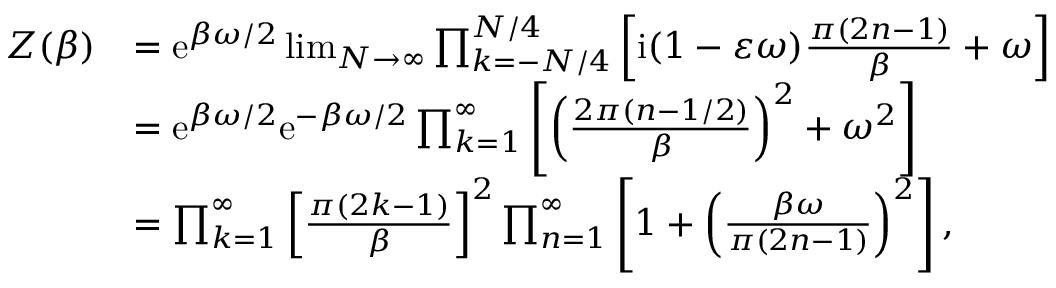
\begin{array} { r l } { Z ( \beta ) } & { = \mathrm { e } ^ { \beta \omega / 2 } \operatorname* { l i m } _ { N \rightarrow \infty } \prod _ { k = - N / 4 } ^ { N / 4 } \left[ \mathrm { i } ( 1 - \varepsilon \omega ) \frac { \pi ( 2 n - 1 ) } { \beta } + \omega \right] } \\ & { = \mathrm { e } ^ { \beta \omega / 2 } \mathrm { e } ^ { - \beta \omega / 2 } \prod _ { k = 1 } ^ { \infty } \left[ \left( \frac { 2 \pi ( n - 1 / 2 ) } { \beta } \right) ^ { 2 } + \omega ^ { 2 } \right] } \\ & { = \prod _ { k = 1 } ^ { \infty } \left[ \frac { \pi ( 2 k - 1 ) } { \beta } \right] ^ { 2 } \prod _ { n = 1 } ^ { \infty } \left[ 1 + \left( \frac { \beta \omega } { \pi ( 2 n - 1 ) } \right) ^ { 2 } \right] , } \end{array}